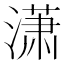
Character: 潇